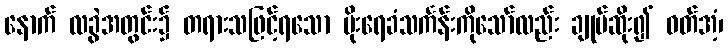
နောက် လခွဲအတွင်း၌ တရားသဖြင့်ရသော မိုးရေခံသင်္ကန်းကိုသော်လည်း ချုပ်ဆိုး၍ ဝတ်အံ့၊